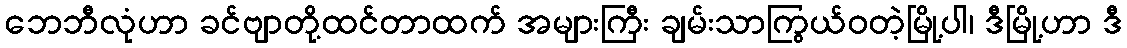
ဘေဘီလုံဟာ ခင်ဗျာတို့ထင်တာထက် အများကြီး ချမ်းသာကြွယ်ဝတဲ့မြို့ပါ၊ ဒီမြို့ဟာ ဒီ